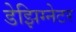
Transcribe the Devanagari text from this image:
डेझिग्नेटर